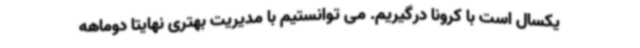
یکسال است با کرونا درگیریم. می توانستیم با مدیریت بهتری نهایتا دوماهه